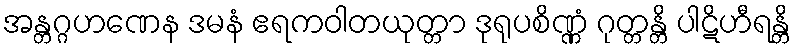
အန္တဂ္ဂဟဏေန ဒမနံ ဧရကဝါတယုတ္တာ ဒုရုပစိဏ္ဏံ ဂုတ္တန္တိ ပါဋိဟီရန္တိ